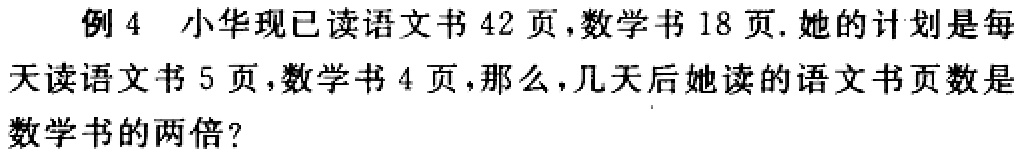
例 4 小华现已读语文书 42 页，数学书 18 页. 她的计划是每天读语文书 5 页，数学书 4 页，那么，几天后她读的语文书页数是数学书的两倍？